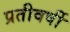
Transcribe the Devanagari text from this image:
प्रतीवर्षी